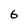
Character: 6